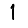
Digit: 1